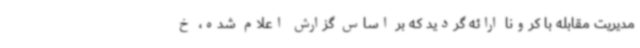
مدیریت مقابله با کرونا ارائه گردید که بر اساس گزارش اعلام شده‌، خ